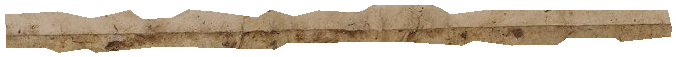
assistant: לו יהיה ואיש אשר יתן